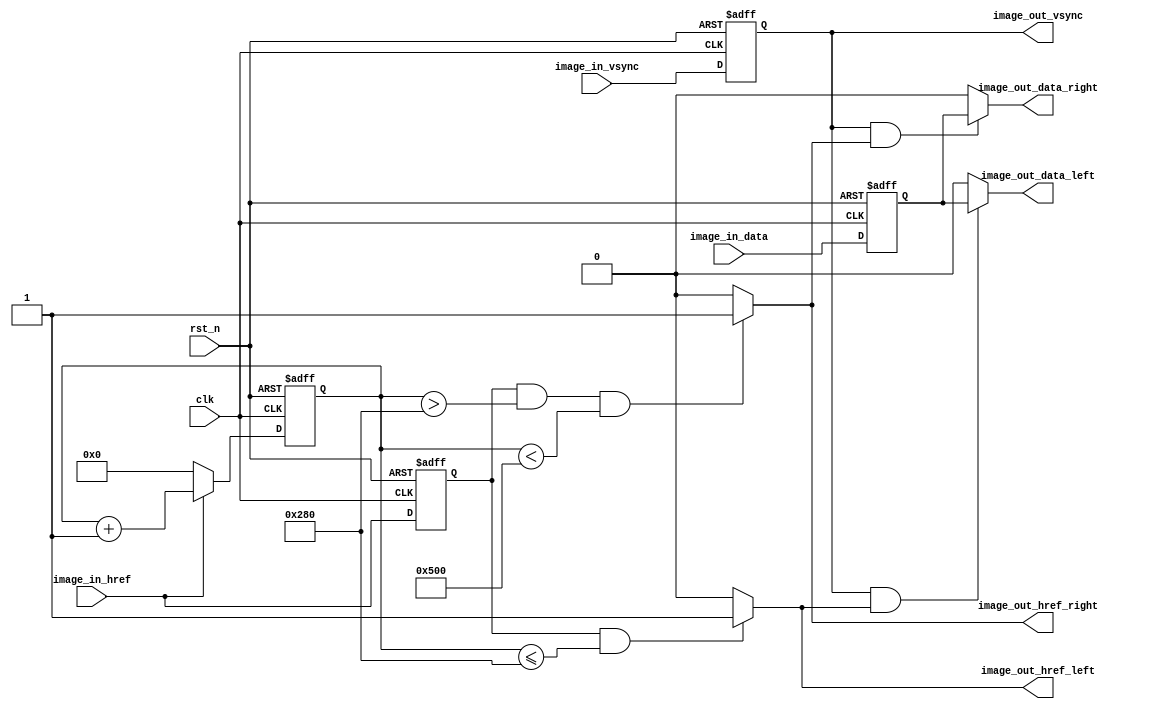
// This program was cloned from: https://github.com/Nitcloud/Digital-IDE
// License: GNU General Public License v3.0

`timescale 1ns / 1ps
module Image_XYCrop(
	input			clk,				
	input			rst_n,				
	
	//CMOS 
	input			image_in_vsync,		
	input			image_in_href,		
	input		   	image_in_data,

	output			image_out_vsync,	
	output			image_out_href_left,	
	output		   	image_out_data_left,
    output			image_out_href_right,                                    	
    output		   	image_out_data_right                                       	
);

//-----------------------------------
reg		image_in_href_r  = 0;
reg		image_in_vsync_r = 0;
reg	   	image_in_data_r  = 0;
always@(posedge clk or negedge rst_n) begin
	if(!rst_n) begin
		image_in_vsync_r <= 0;
		image_in_href_r <= 0;
		image_in_data_r <= 0;
	end
	else begin
		image_in_vsync_r <= image_in_vsync;
		image_in_href_r <= image_in_href;
		image_in_data_r <= image_in_data;
	end
end
//-----------------------------------
//Image Ysize Crop
reg	 [11:0] image_ypos = 0;
wire image_in_href_negedge = (image_in_href_r & ~image_in_href) ? 1'b1 : 1'b0;
always@(posedge clk or negedge rst_n) begin
	if(!rst_n)
		image_ypos <= 0;
	else if(image_in_vsync == 1'b1) begin
		if(image_in_href_negedge == 1'b1)   //image_ypos1
			image_ypos <= image_ypos + 1'b1;
		else
			image_ypos <= image_ypos;
	end
	else
		image_ypos <= 0;
end
assign	image_out_vsync = image_in_vsync_r; // image_out_vsync image_in_vsync
			   
//-----------------------------------
//Image Hsize Crop
reg	[11:0] image_xpos = 0;
always@(posedge clk or negedge rst_n) begin
	if(!rst_n)
		image_xpos <= 0;
	else if(image_in_href == 1'b1)
		image_xpos <= image_xpos + 1'b1;
	else
		image_xpos <= 0;
end

assign	image_out_href_right = ((image_in_href_r == 1'b1) && (image_xpos > 10'd640) && (image_xpos < 12'd1280)) ? 1'b1 : 1'b0;
assign	image_out_data_right = (image_out_vsync & image_out_href_right) ? image_in_data_r : 1'd0;				   
assign	image_out_href_left  = ((image_in_href_r == 1'b1) && (image_xpos <= 10'd640)) ? 1'b1 : 1'b0;	 
assign	image_out_data_left  = (image_out_vsync & image_out_href_left)  ? image_in_data_r : 1'd0;

endmodule